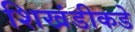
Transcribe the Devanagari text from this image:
शिखंडीकडे